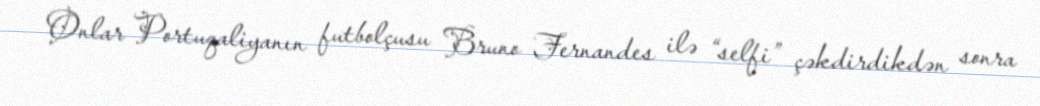
Onlar Portuqaliyanın futbolçusu Bruno Fernandes ilə “selfi” çəkdirdikdən sonra